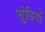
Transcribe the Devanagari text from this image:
सूंडियों